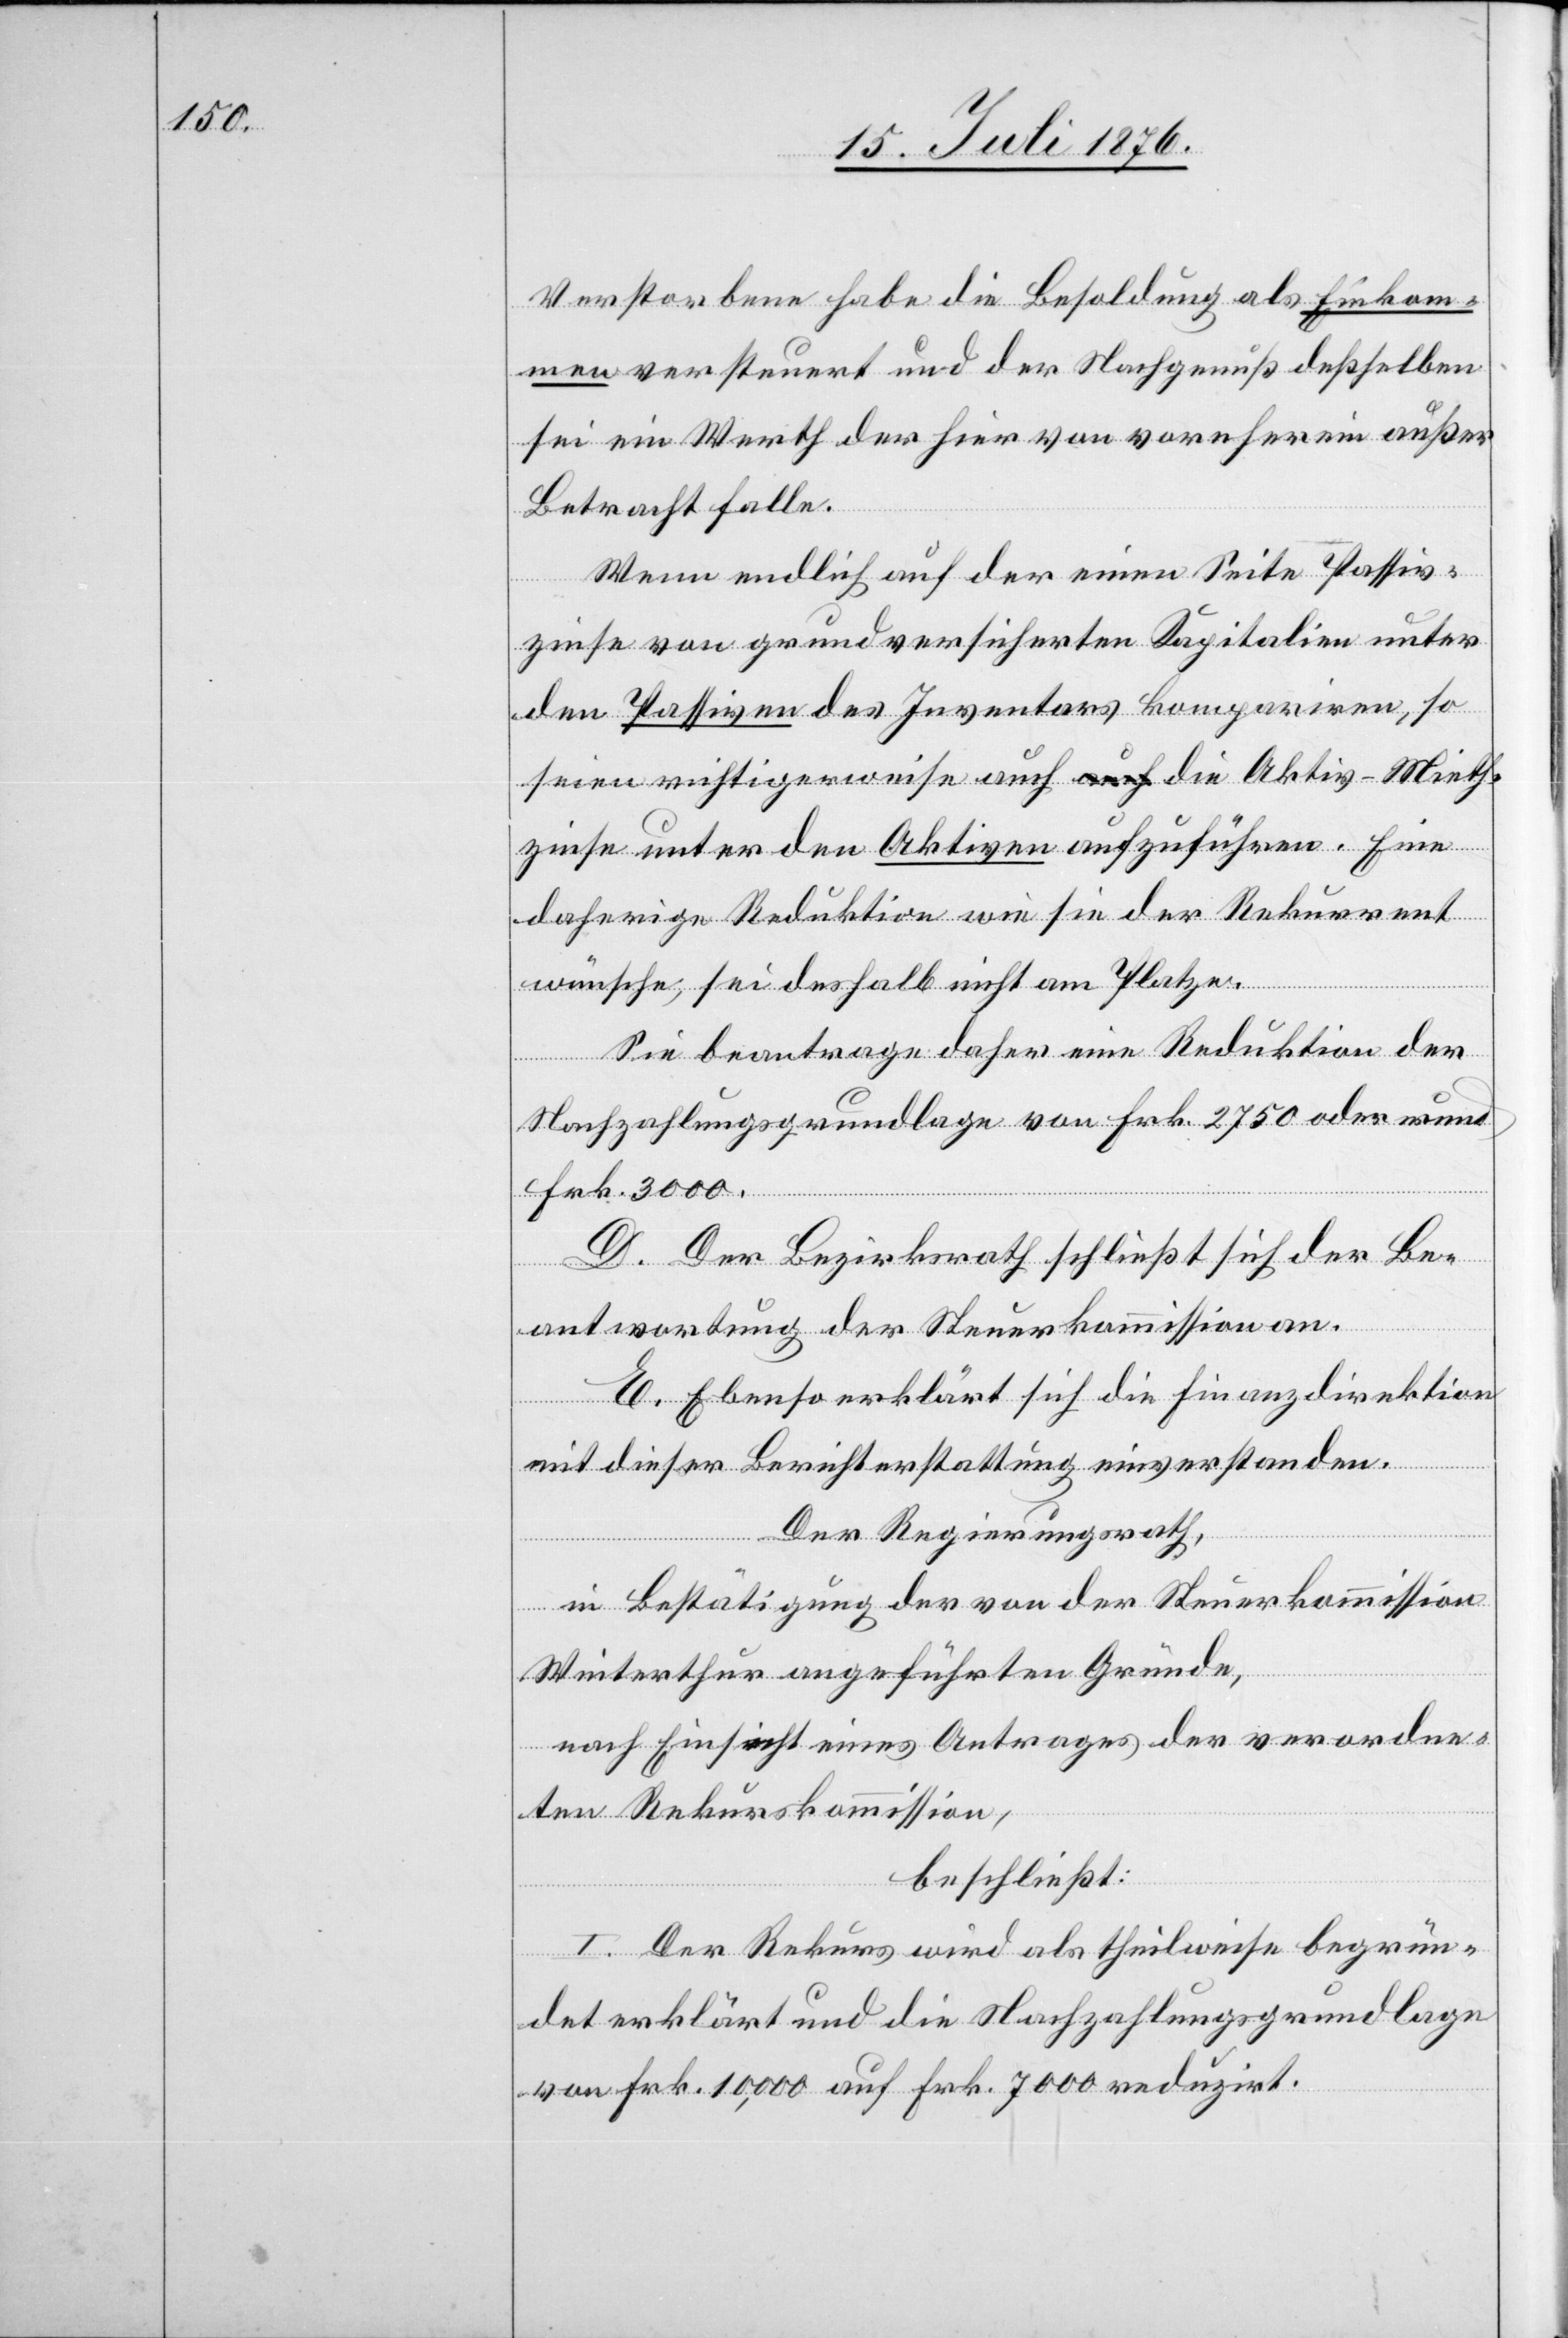
Verstorbene habe die Besoldung als Einkom¬
men versteuert und der Nachgenuß desselben
sei ein Werth der hier von vornherein außer
Betracht falle.
Wenn endlich auf der einen Seite Passiv¬
zinse von grundversicherten Kapitalien unter
den Passiven des Inventars kompariren, so
seien richtigerweise auch die Aktiv-Mieth¬
zinse unter den Aktiven aufzuführen. Eine
daherige Reduktion wie sie der Rekurrent
wünsche, sei deshalb nicht am Platze.
Sie beantrage daher eine Reduktion der
Nachzahlungsgrundlage von Frk. 2750 oder rund
Frk. 3000.
D. Der Bezirksrath schließt sich der Be¬
antwortung der Steuerkommission an.
E. Ebenso erklärt sich die Finanzdirektion
mit dieser Berichterstattung einverstanden.
Der Regierungsrath,
in Bestätigung der von der Steuerkommission
Winterthur angeführten Gründe,
nach Einsicht eines Antrages der verordne¬
ten Rekurskommission,
beschließt:
I. Der Rekurs wird als theilweise begrün¬
det erklärt und die Nachzahlungsgrundlage
von Frk. 10,000 auf Frk. 7000 reduzirt.